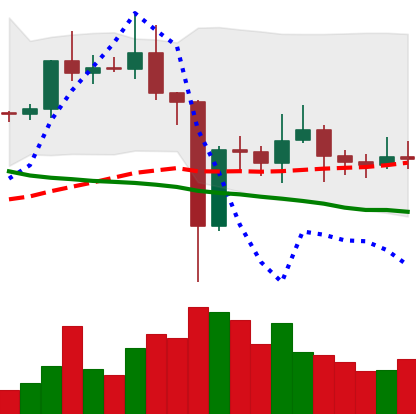
Ticker: EOS-USD
Chart end date: 2021-01-02
Forward return: 21.991%
Label: up_7plus